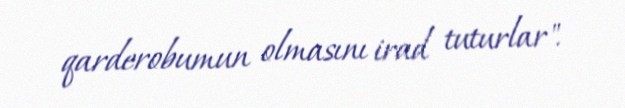
qarderobumun olmasını irad tuturlar".